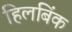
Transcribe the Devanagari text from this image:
हिलबिंक